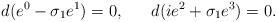
LaTeX: \begin{align*}d(e^0-\sigma_1 e^1)=0, \ \ \ \ \ d(i e^2 + \sigma_1 e^3)=0.\end{align*}